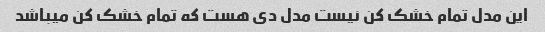
این مدل تمام خشک کن نیست مدل دی هست که تمام خشک کن میباشد